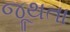
જૂથતા